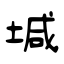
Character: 堿